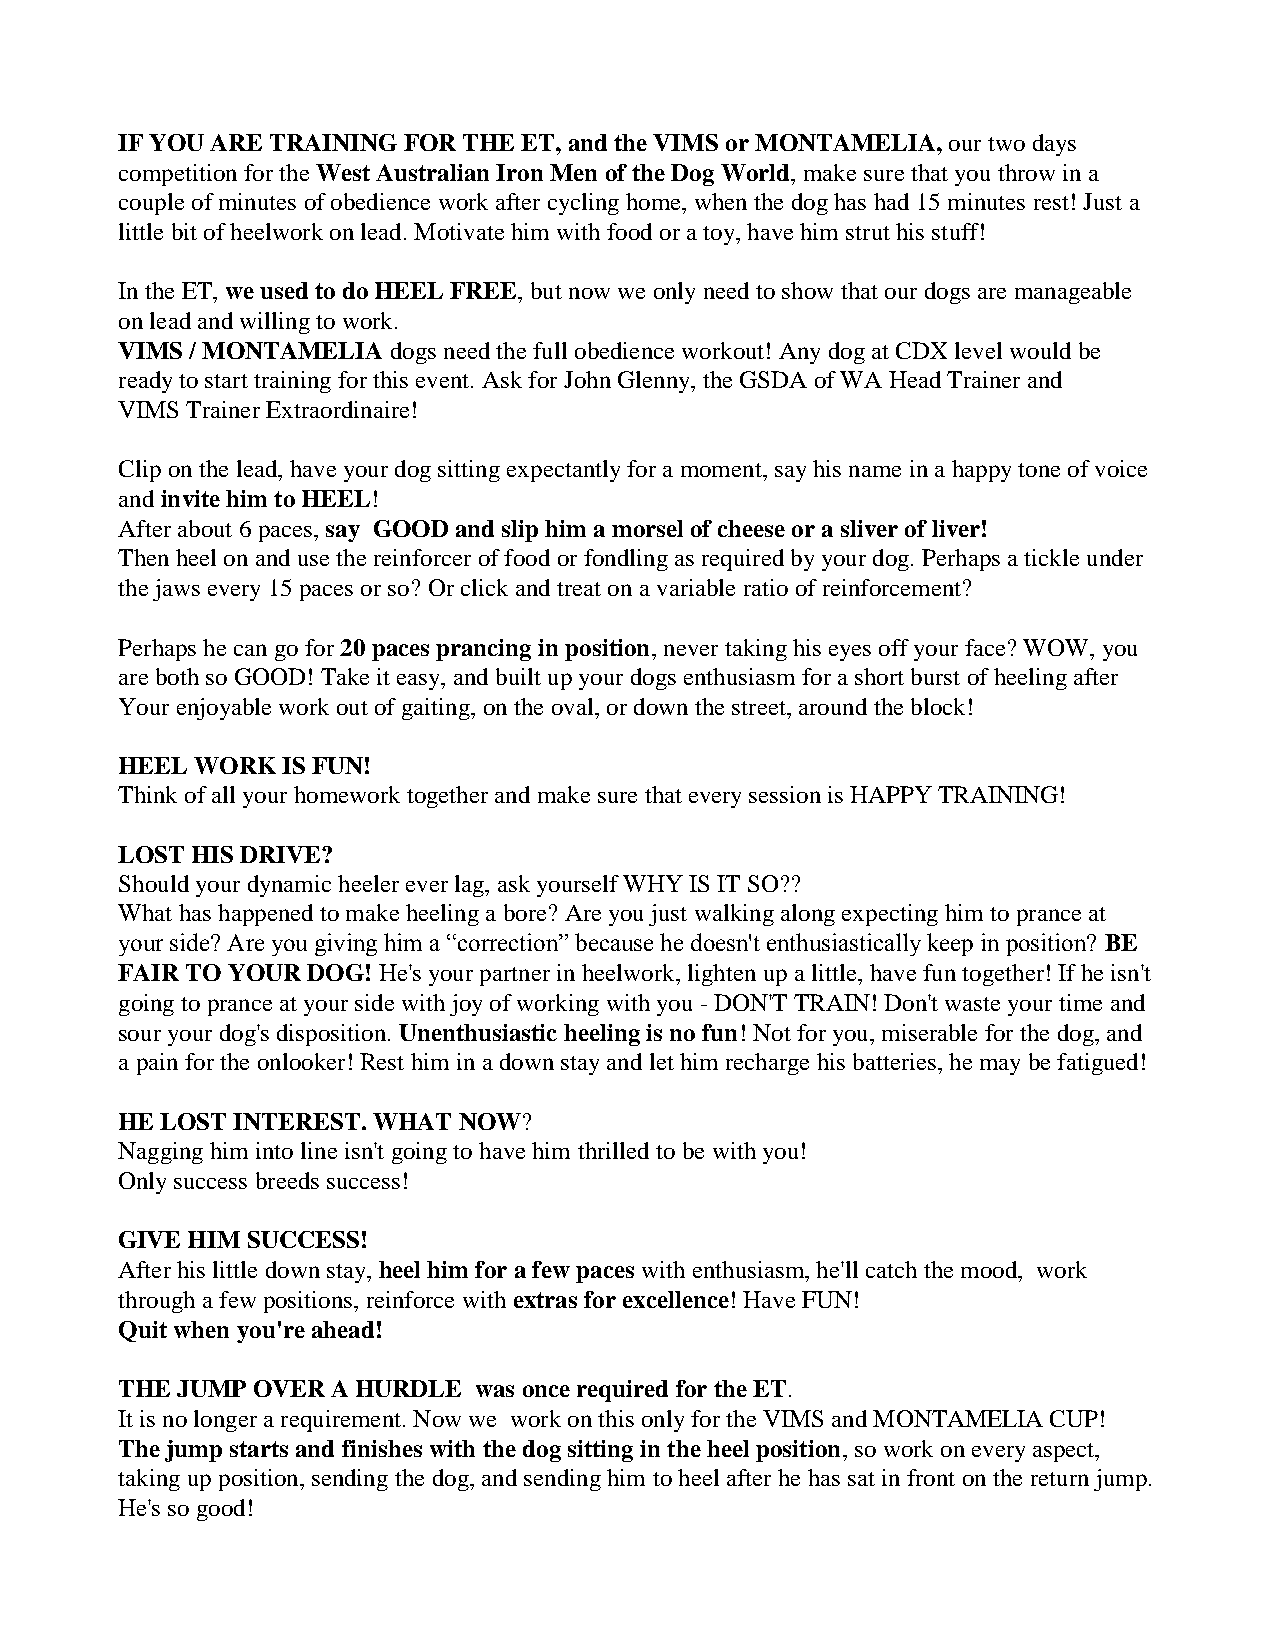
IF YOU ARE TRAINING FOR THE ET, and the VIMS or MONTAMELIA, our two days
 competition for the West Australian Iron Men of the Dog World, make sure that you throw in a
 couple of minutes of obedience work after cycling home, when the dog has had 15 minutes rest! Just a
 little bit of heelwork on lead. Motivate him with food or a toy, have him strut his stuff!
 In the ET, we used to do HEEL FREE, but now we only need to show that our dogs are manageable
 on lead and willing to work.
 VIMS / MONTAMELIA dogs need the full obedience workout! Any dog at CDX level would be
 ready to start training for this event. Ask for John Glenny, the GSDA of WA Head Trainer and
 VIMS Trainer Extraordinaire!
 Clip on the lead, have your dog sitting expectantly for a moment, say his name in a happy tone of voice
 and invite him to HEEL!
 After about 6 paces, say GOOD and slip him a morsel of cheese or a sliver of liver!
 Then heel on and use the reinforcer of food or fondling as required by your dog. Perhaps a tickle under
 the jaws every 15 paces or so? Or click and treat on a variable ratio of reinforcement?
 Perhaps he can go for 20 paces prancing in position, never taking his eyes off your face? WOW, you
 are both so GOOD! Take it easy, and built up your dogs enthusiasm for a short burst of heeling after
 Your enjoyable work out of gaiting, on the oval, or down the street, around the block!
 HEEL WORK  IS FUN!
 Think of all your homework together and make sure that every session is HAPPY TRAINING!
 LOST HIS DRIVE?
 Should your dynamic heeler ever lag, ask yourself WHY IS IT SO??
 What has happened to make heeling a bore? Are you just walking along expecting him to prance at
 your side? Are you giving him a “correction” because he doesn't enthusiastically keep in position? BE
 FAIR TO YOUR DOG! He's your partner in heelwork, lighten up a little, have fun together! If he isn't
 going to prance at your side with joy of working with you - DON'T TRAIN! Don't waste your time and
 sour your dog's disposition. Unenthusiastic heeling is no fun! Not for you, miserable for the dog, and
 a pain for the onlooker! Rest him in a down stay and let him recharge his batteries, he may be fatigued!
 HE LOST INTEREST. WHAT NOW?
 Nagging him into line isn't going to have him thrilled to be with you!
 Only success breeds success!
 GIVE HIM SUCCESS!
 After his little down stay, heel him for a few paces with enthusiasm, he'll catch the mood, work
 through a few positions, reinforce with extras for excellence! Have FUN!
 Quit when you're ahead!
 THE JUMP OVER A HURDLE was once required for the ET.
 It is no longer a requirement. Now we work on this only for the VIMS and MONTAMELIA CUP!
 The jump starts and finishes with the dog sitting in the heel position, so work on every aspect,
 taking up position, sending the dog, and sending him to heel after he has sat in front on the return jump.
 He's so good!